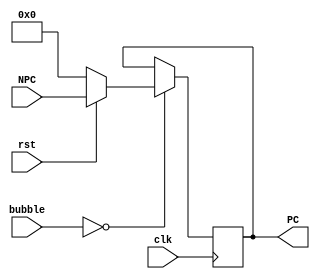
module pc (NPC, clk, bubble, rst, PC);
	input [31:0] NPC;
	input clk, rst;
	input[1:0] bubble;
 
   output reg [31:0] PC;

    	initial
    		begin
    	    		PC = 32'h0000_0000 - 4;
    		end

    	always@(posedge clk)
    		begin
			if(bubble == 2'b00)
    		    PC <= rst == 0? 32'h0000_0000 : NPC;
    		end
endmodule